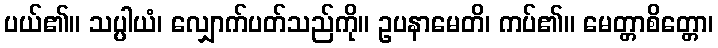
ပယ်၏။ သပ္ပါယံ၊ လျှောက်ပတ်သည်ကို။ ဥပနာမေတိ၊ ကပ်၏။ မေတ္တာစိတ္တော၊